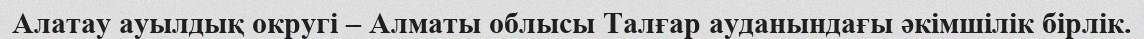
Алатау ауылдық округі – Алматы облысы Талғар ауданындағы әкімшілік бірлік.